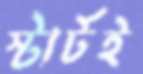
স্টার্টই